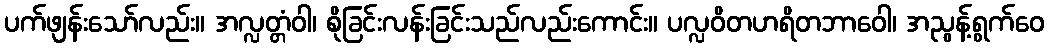
ပက်ဖျန်းသော်လည်း။ အလ္လတ္တံဝါ၊ စိုခြင်းလန်းခြင်းသည်လည်းကောင်း။ ပလ္လဝိတဟရိတဘာဝေါ၊ အညွန့်ရွက်ဝေ